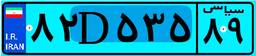
۸۲D۵۳۵۸۹